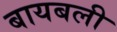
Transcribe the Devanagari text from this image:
बायबली